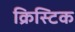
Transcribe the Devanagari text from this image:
क्रिस्टिक